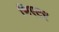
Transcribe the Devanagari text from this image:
भिएटर